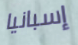
إسبانيا